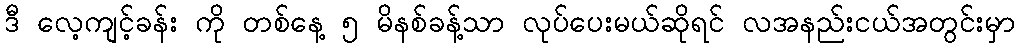
ဒီ လေ့ကျင့်ခန်း ကို တစ်နေ့ ၅ မိနစ်ခန့်သာ လုပ်ပေးမယ်ဆိုရင် လအနည်းငယ်အတွင်းမှာ